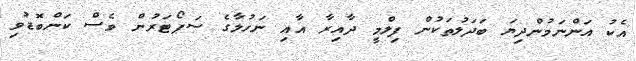
އެކު އަންނަމުންދިޔަ ބަދަލުތަކުން ފިލްމީ ދާއިރާ އާއި ނަހުލާގެ ސަޕޯޓަރުން ވެސް ކަންބޮޑުވި